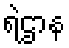
ရဲဌာန